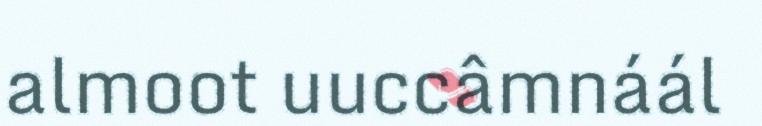
almoot uuccâmnáál